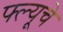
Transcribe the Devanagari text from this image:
फ्ल्यूचे